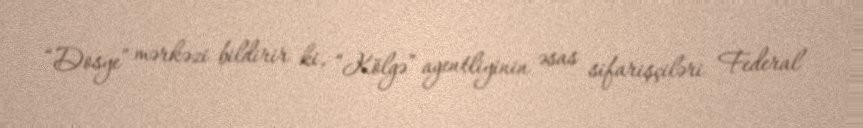
“Dosye” mərkəzi bildirir ki, “Kölgə” agentliyinin əsas sifarişçiləri Federal